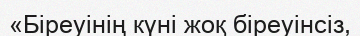
«Біреуінің күні жоқ біреуінсіз,